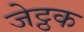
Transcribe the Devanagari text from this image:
जेट्ठक